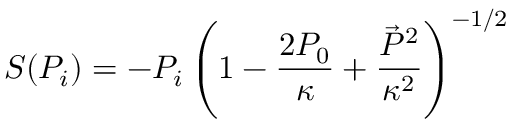
S ( P _ { i } ) = - P _ { i } \left( 1 - \frac { 2 P _ { 0 } } { \kappa } + \frac { \vec { P } ^ { 2 } } { \kappa ^ { 2 } } \right) ^ { - 1 / 2 }